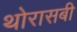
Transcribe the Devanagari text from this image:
थोरासबी